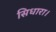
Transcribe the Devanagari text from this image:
सिधारा।